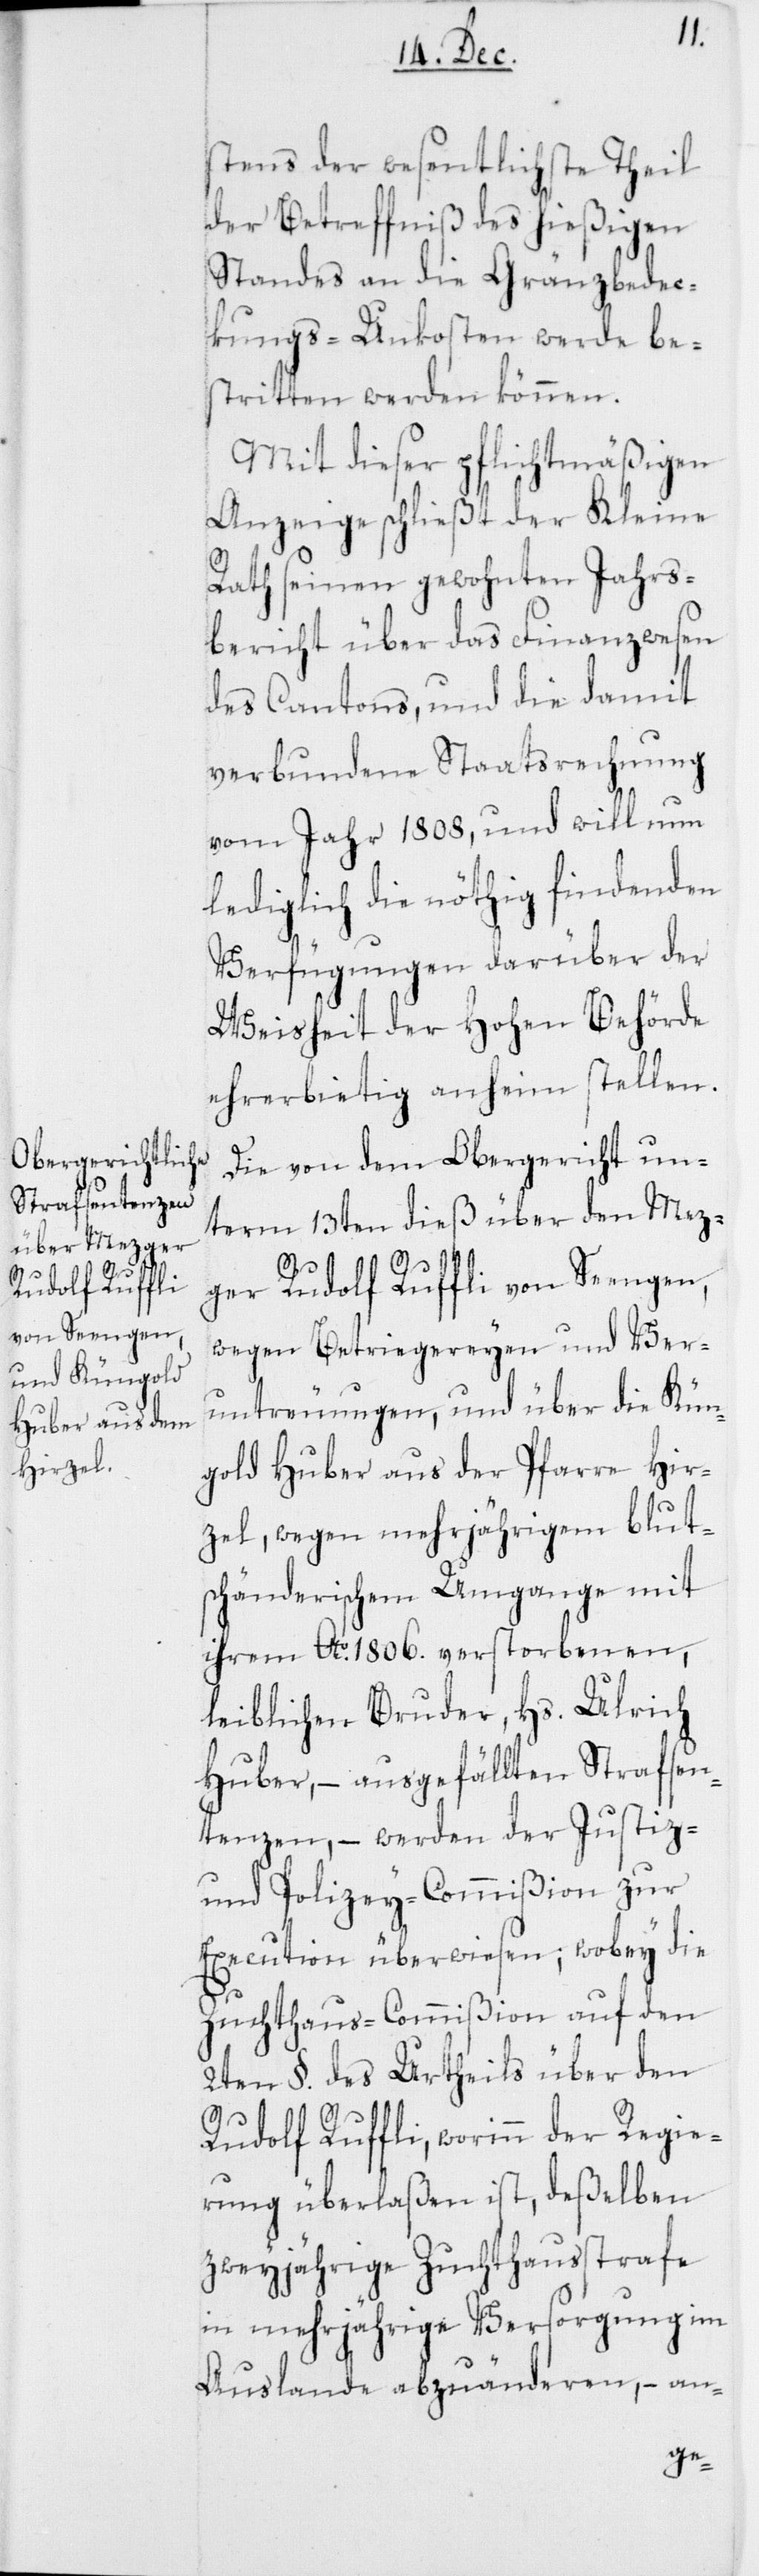
Rudolf Ruffli
von Seengen,

stens der wesentlichste Theil
der Betreffniß des hießigen
Standes an die Gränzbedec¬
kungs-Unkosten werde be¬
stritten werden können.
Mit dieser pflichtmäßigen
Anzeige schließt der Kleine
Rath seinen gewohnten Jahrs¬
bericht über das Finanzwesen
des Cantons, und die damit
verbundene Staatsrechnungh
vom Jahr 1808, und will nun
lediglich die nöthig findenden
Verfügungen darüber der
Weisheit der Hohen Behörde
ehrerbietig anheim stellen.
Die von dem Obergericht un¬
term 13ten dieß über den Mez¬
wegen Betriegereyen und Ver¬
untreuungen, und über die Kün¬
gold Huber aus der Pfarre Hir¬
zel, wegen mehrjährigem blut¬
schänderischem Umgange mit
ihrem Ao. 1806. verstorbenen,
leiblichen Bruder, Hs. Ulrich
Huber, – ausgefällten Strafsen¬
tenzen, – werden der Justiz-
und Polizey-Commißion zur
Execution überwiesen; wobey die
Zuchthaus-Commißion auf den
2ten §. des Urtheils über den
Rudolf Ruffli; worinn der Regie¬
rung überlaßen ist, deßelben
zweyjährige Zuchthausstrafe
in mehrjährige Versorgung im
Auslande abzuänderen, – an-
ger